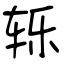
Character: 轹